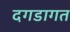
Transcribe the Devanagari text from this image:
दगडागत